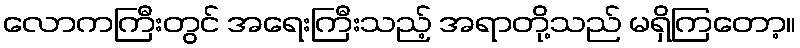
လောကကြီးတွင် အရေးကြီးသည့် အရာတို့သည် မရှိကြတော့။